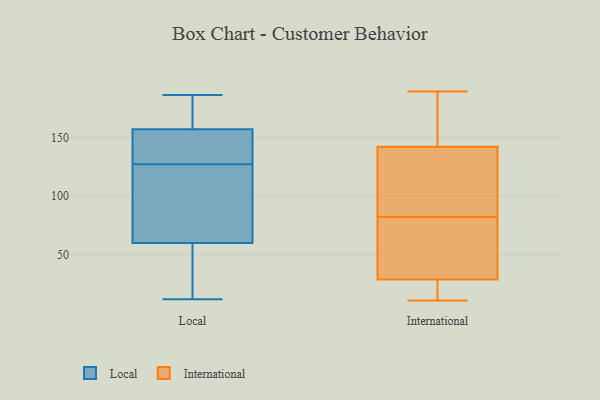
{"axis": {"x": "Website Visitors", "y": "Value"}, "legend": ["International", "Local"], "data": [{"x": "", "y": 156, "type": "Local"}, {"x": "", "y": 170, "type": "Local"}, {"x": "", "y": 39, "type": "Local"}, {"x": "", "y": 129, "type": "Local"}, {"x": "", "y": 157, "type": "Local"}, {"x": "", "y": 186, "type": "Local"}, {"x": "", "y": 183, "type": "Local"}, {"x": "", "y": 60, "type": "Local"}, {"x": "", "y": 18, "type": "Local"}, {"x": "", "y": 137, "type": "Local"}, {"x": "", "y": 125, "type": "Local"}, {"x": "", "y": 101, "type": "Local"}, {"x": "", "y": 100, "type": "Local"}, {"x": "", "y": 12, "type": "Local"}, {"x": "", "y": 13, "type": "International"}, {"x": "", "y": 27, "type": "International"}, {"x": "", "y": 28, "type": "International"}, {"x": "", "y": 189, "type": "International"}, {"x": "", "y": 31, "type": "International"}, {"x": "", "y": 11, "type": "International"}, {"x": "", "y": 146, "type": "International"}, {"x": "", "y": 32, "type": "International"}, {"x": "", "y": 130, "type": "International"}, {"x": "", "y": 126, "type": "International"}, {"x": "", "y": 153, "type": "International"}, {"x": "", "y": 69, "type": "International"}, {"x": "", "y": 174, "type": "International"}, {"x": "", "y": 100, "type": "International"}, {"x": "", "y": 82, "type": "International"}]}